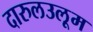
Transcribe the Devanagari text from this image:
दारुलउलूम